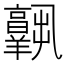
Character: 𦏧